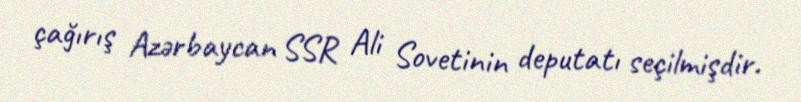
çağırış Azərbaycan SSR Ali Sovetinin deputatı seçilmişdir.